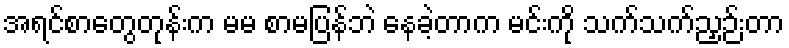
အရင်စာတွေတုန်းက မမ စာမပြန်ဘဲ နေခဲ့တာက မင်းကို သက်သက်ညှဉ်းတာ